Madras plague regulations and rules for district municipalities and other towns and villages
Disease focus: Plague
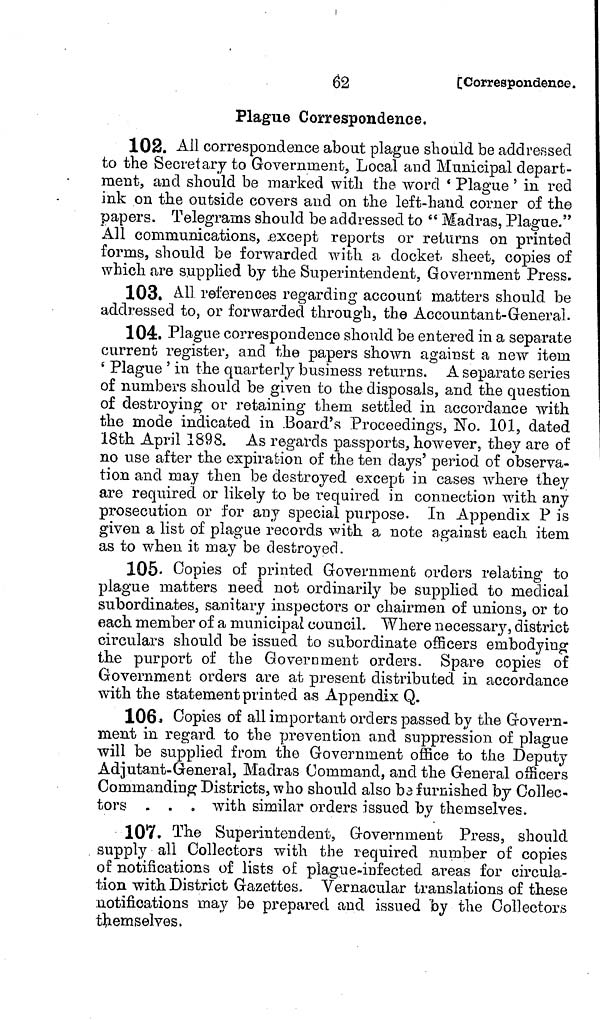
62
[ Correspondence.
Plague Correspondence.
102. All correspondence about plague should be addressed
to the Secretary to Government, Local and Municipal depart-
ment, and should be marked with the word ' Plague ' in red
ink on the outside covers and on the left-hand corner of the
papers. Telegrams should be addressed to " Madras, Plague."
All communications, .except reports or returns on printed
forms, should be forwarded with a docket sheet, copies of
which are supplied by the Superintendent, Government Press.
103. All references regarding account matters should be
addressed to, or forwarded through, the Accountant-General.
104. Plague correspondence should be entered in a separate
current register, and the papers shown against a new item
' Plague ' in the quarterly business returns. A separate series
of numbers should be given to the disposals, and the question
of destroying or retaining them settled in accordance with
the mode indicated in .Board's Proceedings, No. 101, dated
18th April 1898. As regards passports, however, they are of
no use after the expiration of the ten days' period of observa-
tion and may then be destroyed except in cases where they
are required or likely to be required in connection with any
prosecution or for any special purpose. In Appendix P is
given a list of plague records with a note against each item
as to when it may be destroyed.
105 Copies of printed Government orders relating to
plague matters need not ordinarily be supplied to medical
subordinates, sanitary inspectors or chairmen of unions, or to
each member of a municipal council. Where necessary, district
circulars should be issued to subordinate officers embodying
the purport of the Government orders. Spare copies of
Government orders are at present distributed in accordance
with the statement printed as Appendix Q.
106, Copies of all important orders passed by the Govern-
ment in regard to the prevention and suppression of plague
will be supplied from the Government office to the Deputy
Adjutant-General, Madras Command, and the General officers
Commanding Districts, who should also be furnished by Collec-
tors . . . with similar orders issued by themselves.
107. The Superintendent, Government Press, should
supply ail Collectors with the required number of copies
of notifications of lists of plague-infected areas for circula-
tion with District Gazettes. Vernacular translations of these
notifications may be prepared and issued by the Collectors
themselves.